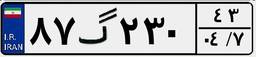
۳۳گ۸۰۶۱۱